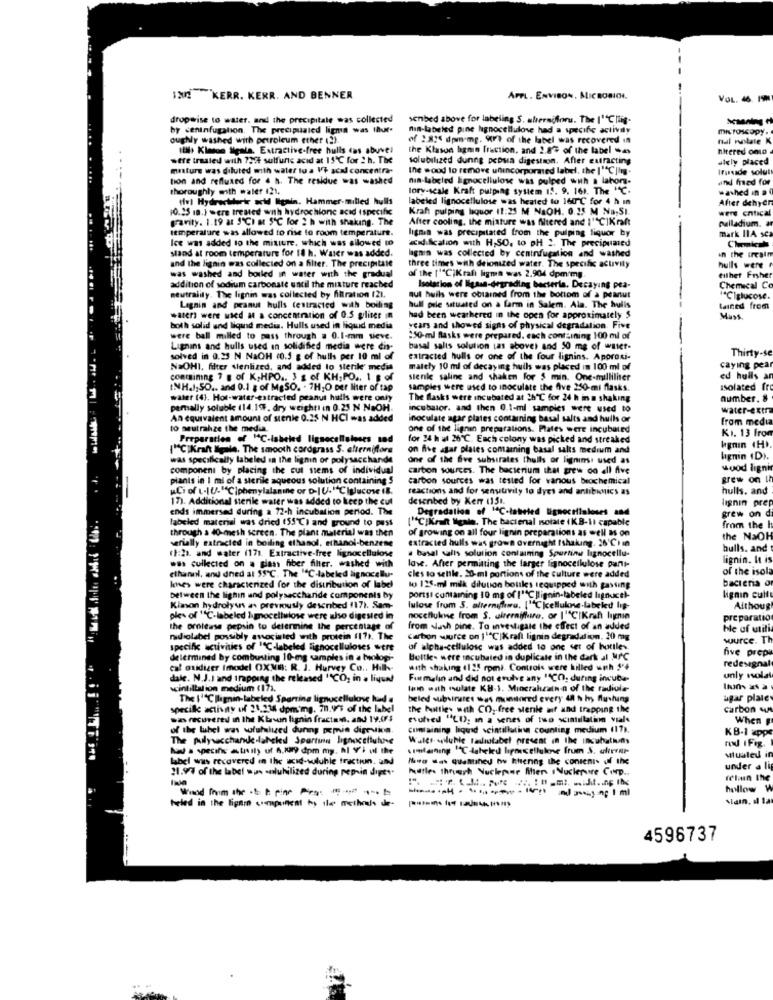
130 KERR. KERR. AND BENNER
APPL. ENvinov. MICROBIOI.
VOL. 46. 19N
dropwise to water. and the precipitale was collected
senbed above for labeling S. ahermifons. The 1""C llig-
by ceninfugation. The precipualed ligma was (hur-
nin-labeled pine hgnocellulose had a specific aclivily
microscopy.
oughly washed with petroleum ether (2)
of 2825 dpm-mg. Art of the label was recovered in
nal nolate K
ItM. Klmon Sigala. Extractive-free hulls cas abuvel
the Klason hanin fraction, and 2.8% of the label -as
hitered ono
were treated with 739 sulfuric acid at 15℃ for 2 h. The
solubilized dunng pepsia digestion. After extracting
alely placed
misture was diluted with water tu a Vh scal concentra-
Ine wood to remove unincorporated label, the |""C]ing.
Irusade solutt
tion and refluxed for 4 h. The residue was washed
nin-labeled lignocellulose was pulped with a lahors-
und med for
thoroughly with water 121.
tory-scale Kraft pulping system 1.5. 9. 161. The "C.
washed in a 4
del Hydrochloric acid Rain. Hammer-milled hulls
labeled lignocellulose was heated to 160℃ for 4 h ın
After dehydr
10.15 1n.) were treated with hydrochione acid (specific
Kraft pulping liquor 11:25 M NaOH. 0.15 M Na,SI.
were entical
gravity. 1.19 at SCI at 5℃ for 2 h with shaking. The
After cooling, the mixture was filtered and I""C]Kraft
palladium.
temperature was allowed to rise to room temperature.
ligman was precipitated from the pulping liquor by
Ice was added to the mixture, which was allowed to
acidification with H,SO. to pH 2. The precipumed
mark HIA sca
stand at room temperature for 18 h. Water was added.
lagmin was collected by ceninfugation and washed
In the ircalm
and the lignin was collected on a filter. The precipitate
three times with deionized water. The specific activity
hulls were
was washed and boiled in water with the gradual
of the [1"C)Kraft ligma was 2.904 dpm/mg
tilhet Fisher
addition of sodium carbonate until the mixture reached
Isolation of Iigass-degrading bacteria. Decaying pea-
Chemical Co
neutrality. The lignm was collected by filtration (21.
aut huils were obtained from the bottom of a peanut
ICIglucose.
Lignin and peanut hulls testracted with boiling
hull pile situated on a farm in Salem. Ala. The hulis
Rained from
water were wied a a concentration of 0.5 gliter in
had been weathered in the open for approximately $
Mass
both solid and ligand media. Hulls used in liquid media
years and showed signs of physical degradation. Five
were ball milled to pass through a 0.1-mm sieve.
150-ml Basks were prepared. each containing 100 ml of
Lignins and hulls used in solidified media were dis-
basal salts solution (as above) and 50 mg of water-
solved in 0.25 N NaOH (0.5 g of hulls per 10 ml of
extracted hulls or one of the four lignins. Aporoni-
Thirty-se
NaOHI, filter sienlized, and added to sterik" media
mately 10 ml of decaying huils was placed in 100 ml of
caying pear
containing 7 g of K.HPO ., 3 g of KH, PO .. 1 g of
sienie saling and shaken For 5 min. One-milliliter
ed hulls an
INH.), SO .. and 0.1 g of MgSO. . 7H;O per liter of tap
samples were used to inoculate the five 250-mi flasks.
isolated fre
water (4). Hot-water-extracted peanut hulls were only
The flasks were incubated at Ch ℃ for 24 h in m shaking
number. 8
perally soluble (14. 197. dry weight! in 0.25 N NaOH.
incubator. and then 0.1-mi samples were used to
water-extra
An equivalent amount of stenle 0.25 N HCI was added
inoculate agar plates containing basal salts and hulls or
from media
to seutrahze the media.
one of the lignin preparations. Plates were incubated
KI. 13 from
Preparation of MC-labeled lignecelluleses ted
for 24 h al 26℃. Each colony was picked and streaked
ICIKraft Ilgile. The smooth cordgrass S. elternidors
on five star plaies comamning basal salts medium and
kgnın (H).
was specifically labeled in the lignin or polysaccharide
one of the five substrates thulls or ligninss used as
lignin (D).
component by placing the cut stems of individual
carbon sources. The bacterium that grew on all five
wood lignin
plants in I mi of a sterile aqueous solution containing 5
carbon sources was tested for various beochemical
grew on ih
Ci of L-IU-"Ciphenylalanine or D-IU."Ciglucose 18.
reactions and for sensitivity to dyes and antibunics as
hulls. and
17). Additional sterile water was added to keep the cut
desenbed by Kerr 1151.
ends immersed during a 72-h incubation period. The
Degradation of 1℃-labeled lignocillaloses and
lignin prep
grew on di
labeled material was dried (55℃) and ground to pass
["CIKraft ligala. The bacienal nolate ( KB-11 capable
through a 40-mesh screen. The plant material was then
of growing on all four lignin preparations as well as on
from the
serially satracted in boiling ethanol, ethanol-benzene
extracted hulls was grown overnight Ishaking. 26'℃) in
the NaOH
(1:2), and water (171. Extractive-free lignocellulose
a basal salis solution containing Spurring lignocellu-
bulls. and
lignin. It is
was collected on a glass fiber filter. washed with
love. After permitting the larger lignocellulose parti-
of the isola
ethannl, and dned al 55℃. The "C-labeled lignocellu-
cles to settle. 20-ml portions of the culture were added
bacteria or
Imes were characterized for the distribution of label
loo 125-ml milk dilution boules requipped with gassing
between the lighin and polysaccharide componenis by
portst containing 10 mg of ['C ]lignin-labeled lignucel-
lignin culft
Kimon hydrolyuns as previously described 117). Sam-
lulose from 5. alternifewa. ['Cellulose-labeled lig-
Aithoug
ples of "C-labeled I gnocellulose were also digest
nocellulene from S. aireraiffaire. or 11ºC|Kraft lignin
preparatio
the protease pepsin to determine the percentage of
from wash pine. To investigate the effect of an added
ble of utili
radiolabel possibly associated with protein (17). The
carbon source on 11"CIKraft lignin degradation. 20 mg
wurce. Th
specific activities of 1℃-labeled lignocelluloses wert
uf alpha-cellulose was added 10 one set of hotiles.
five prep
delermined by combusting 10-mg samples in a biologi-
Boltk- were incubated in duplicate in the dark al MAC
redesignal
cal oxidizer (model OXNB: R. J. Hurvey Co ., Hill-
with shaking (125 rpmi. Controls were killed with S'+
dale. N.J.J and trapping the released "CO; in . lique!
Furmalin and did not erulve any "CO, during incuba-
unly nolal
scintillalion medium (171.
loin with mulate KH-1. Mineraheath n of the radiule-
The 11ºC |lignin-labeled Sparring lignucellulose had a
beled subsirures was munstored every 48 h hy flushing
agar plate
specille activity of 21,234 dpm'mg. 7n.925 of the label
the huttles with CO. free sterile af and trapping the
carbon sus
sas recovered in the Kton lignin fractam. and 19.075
euhed "LI): ın a senes of two scintillation vials
When F
of the luhel was sofuhlused during pemia digestion.
containing liquid scintilluting counting medium (17).
KB-1 4pp
The pulyscchande labeled Spartinn bignocellulose
Wales wiluhle radiotabel present in the incubation
how a specific atiuity uf A.KM9 dpm my. hl Y'i ul the
uumlaning "C labeled lignecellulene frum S. alivrer
rod IFog.
label was recovered in the acid-soluble traction. und
Mvo das quantihed by thening the contents of the
Mlualed in
21.9/3 of the label wus solubilized during pepsin dige **
Pustles thrussh Nuclerne Miher .Nuclerure Corp ..
under a lig
felin the
hollow W
heled in the ligar component hy ile methods de-
4596737
....